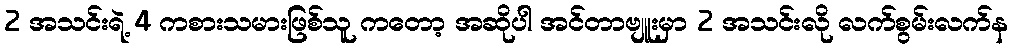
2 အသင်းရဲ့ 4 ကစားသမားဖြစ်သူ ကတော့ အဆိုပါ အင်တာဗျူးမှာ 2 အသင်းလို လက်စွမ်းလက်န